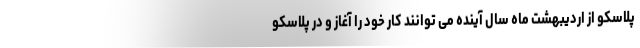
پلاسکو از اردیبهشت ماه سال آینده می توانند کار خود را آغاز و در پلاسکو